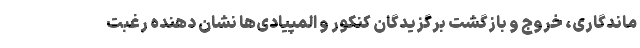
ماندگاری، خروج و بازگشت برگزیدگان کنکور و المپیادی‌ها نشان دهنده رغبت